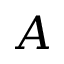
A